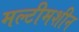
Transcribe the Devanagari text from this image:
मल्टीमशीन